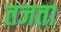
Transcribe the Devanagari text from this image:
तजता